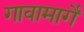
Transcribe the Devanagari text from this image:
गावामार्गे